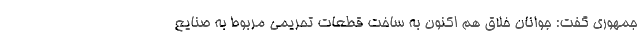
جمهوری گفت: جوانان خلاق هم اکنون به ساخت قطعات تحریمی مربوط به صنایع